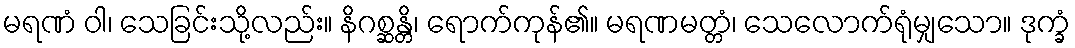
မရဏံ ဝါ၊ သေခြင်းသို့လည်း။ နိဂစ္ဆန္တိ၊ ရောက်ကုန်၏။ မရဏမတ္တံ၊ သေလောက်ရုံမျှသော။ ဒုက္ခံ